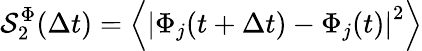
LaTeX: \mathcal{S}_{2}^{\Phi}(\Delta t)=\left\langle\left|\Phi_{j}(t+\Delta t)-\Phi_{j}(t)\right|^{2}\right\rangle